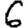
Digit: 6